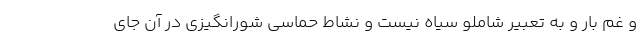
و غم بار و به تعبیر شاملو سیاه نیست و نشاط حماسی شورانگیزی در آن جای